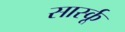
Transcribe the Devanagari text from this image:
सार्स्कू